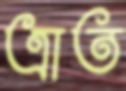
ত্রাত